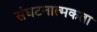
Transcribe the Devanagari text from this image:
संघटनात्मकता